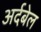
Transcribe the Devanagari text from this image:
अर्दबेल